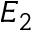
E _ { 2 }